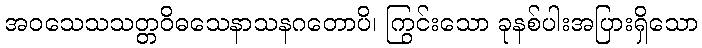
အဝသေသသတ္တဝိဓသေနာသနဂတောပိ၊ ကြွင်းသော ခုနစ်ပါးအပြားရှိသော